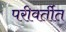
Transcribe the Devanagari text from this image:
परीवर्तीत